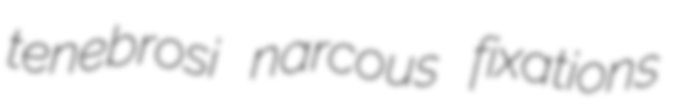
tenebrosi narcous fixations